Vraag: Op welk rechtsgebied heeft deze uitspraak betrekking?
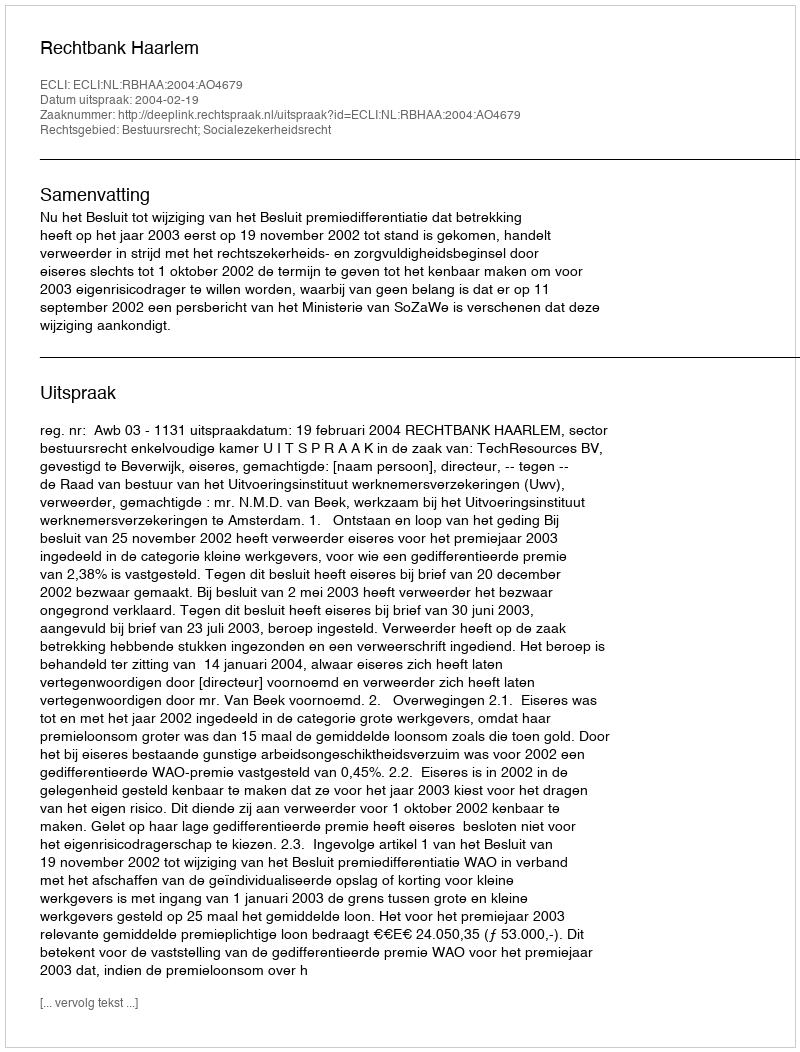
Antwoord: Bestuursrecht; Socialezekerheidsrecht